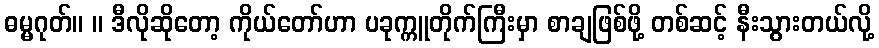
ဓမ္မဂုတ်။ ။ ဒီလိုဆိုတော့ ကိုယ်တော်ဟာ ပခုက္ကူတိုက်ကြီးမှာ စာချဖြစ်ဖို့ တစ်ဆင့် နီးသွားတယ်လို့